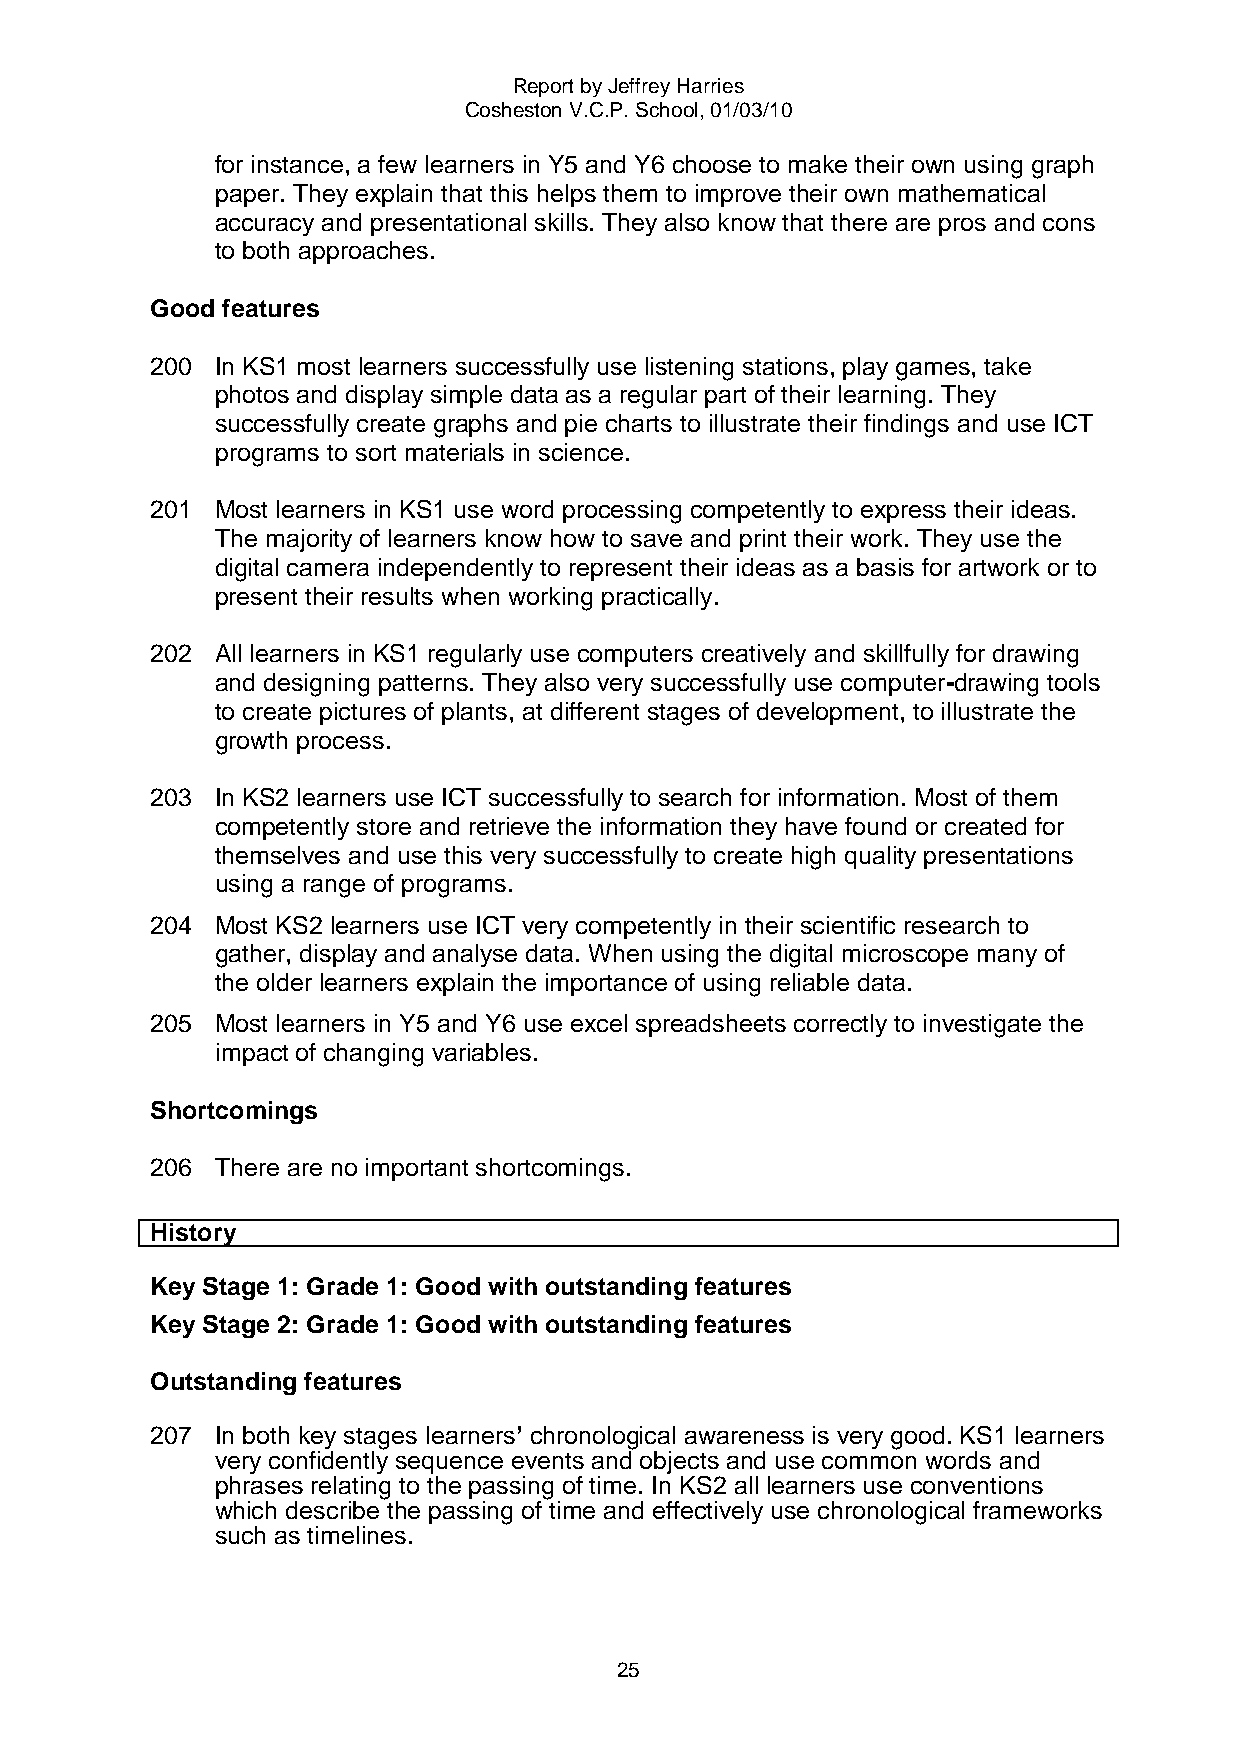
Report by Jeffrey Harries
 Cosheston V.C.P. School, 01/03/10
 for instance, a few learners in Y5 and Y6 choose to make their own using graph
 paper. They explain that this helps them to improve their own mathematical
 accuracy and presentational skills. They also know that there are pros and cons
 to both approaches.
 Good features
 200 In KS1 most learners successfully use listening stations, play games, take
 photos and display simple data as a regular part of their learning. They
 successfully create graphs and pie charts to illustrate their findings and use ICT
 programs to sort materials in science.
 201 Most learners in KS1 use word processing competently to express their ideas.
 The majority of learners know how to save and print their work. They use the
 digital camera independently to represent their ideas as a basis for artwork or to
 present their results when working practically.
 202 All learners in KS1 regularly use computers creatively and skillfully for drawing
 and designing patterns. They also very successfully use computer-drawing tools
 to create pictures of plants, at different stages of development, to illustrate the
 growth process.
 203 In KS2 learners use ICT successfully to search for information. Most of them
 competently store and retrieve the information they have found or created for
 themselves and use this very successfully to create high quality presentations
 using a range of programs.
 204 Most KS2 learners use ICT very competently in their scientific research to
 gather, display and analyse data. When using the digital microscope many of
 the older learners explain the importance of using reliable data.
 205 Most learners in Y5 and Y6 use excel spreadsheets correctly to investigate the
 impact of changing variables.
 Shortcomings
 206 There are no important shortcomings.
 History
 Key Stage 1: Grade 1: Good with outstanding features
 Key Stage 2: Grade 1: Good with outstanding features
 Outstanding features
 207 In both key stages learners’ chronological awareness is very good. KS1 learners
 very confidently sequence events and objects and use common words and
 phrases relating to the passing of time. In KS2 all learners use conventions
 which describe the passing of time and effectively use chronological frameworks
 such as timelines.
 25